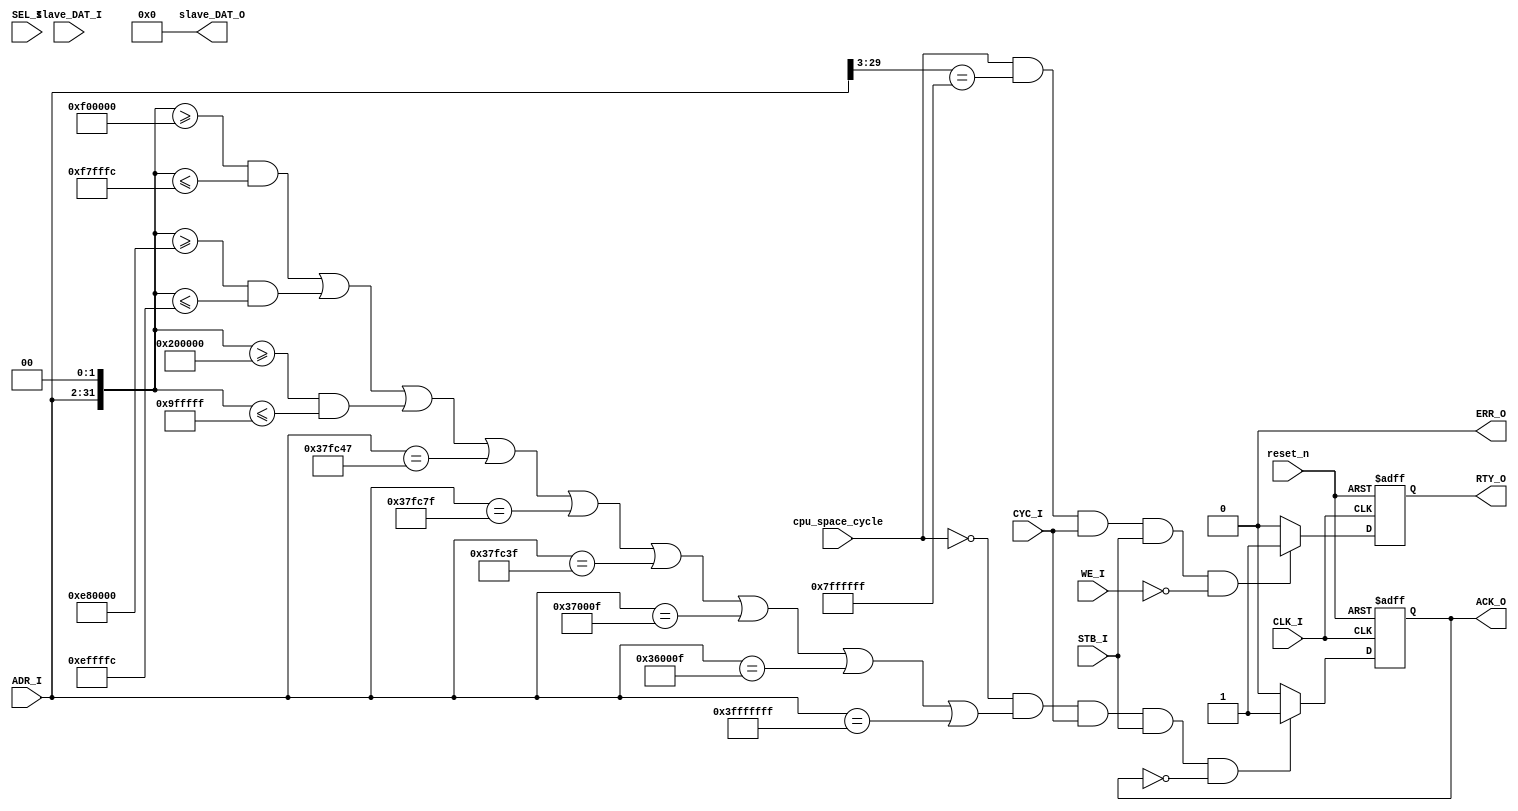
/*
 * Copyright 2010, Aleksander Osman, alfik@poczta.fm. All rights reserved.
 *
 * Redistribution and use in source and binary forms, with or without modification, are
 * permitted provided that the following conditions are met:
 *
 *  1. Redistributions of source code must retain the above copyright notice, this list of
 *     conditions and the following disclaimer.
 *
 *  2. Redistributions in binary form must reproduce the above copyright notice, this list
 *     of conditions and the following disclaimer in the documentation and/or other materials
 *     provided with the distribution.
 *
 * THIS SOFTWARE IS PROVIDED BY THE AUTHOR ``AS IS'' AND ANY EXPRESS OR IMPLIED
 * WARRANTIES, INCLUDING, BUT NOT LIMITED TO, THE IMPLIED WARRANTIES OF MERCHANTABILITY AND
 * FITNESS FOR A PARTICULAR PURPOSE ARE DISCLAIMED. IN NO EVENT SHALL THE AUTHOR OR
 * CONTRIBUTORS BE LIABLE FOR ANY DIRECT, INDIRECT, INCIDENTAL, SPECIAL, EXEMPLARY, OR
 * CONSEQUENTIAL DAMAGES (INCLUDING, BUT NOT LIMITED TO, PROCUREMENT OF SUBSTITUTE GOODS OR
 * SERVICES; LOSS OF USE, DATA, OR PROFITS; OR BUSINESS INTERRUPTION) HOWEVER CAUSED AND ON
 * ANY THEORY OF LIABILITY, WHETHER IN CONTRACT, STRICT LIABILITY, OR TORT (INCLUDING
 * NEGLIGENCE OR OTHERWISE) ARISING IN ANY WAY OUT OF THE USE OF THIS SOFTWARE, EVEN IF
 * ADVISED OF THE POSSIBILITY OF SUCH DAMAGE.
 */

/*! \file
 * \brief Terminator for not handled WISHBONE bus cycles.
 */

/*! \brief \copybrief bus_terminator.v
*/
module bus_terminator(
    //% \name Clock and reset
    //% @{
    input CLK_I,
    input reset_n,
    //% @}
    
    //% \name WISHBONE slave
    //% @{
    input [31:2]    ADR_I,
    input           CYC_I,
    input           WE_I,
    input           STB_I,
    input [3:0]     SEL_I,
    input [31:0]    slave_DAT_I,
    output [31:0]   slave_DAT_O,
    output reg      ACK_O,
    output reg      RTY_O,
    output          ERR_O,
    //% @}
    
    //% \name ao68000 interrupt cycle indicator
    //% @{
    input           cpu_space_cycle
    //% @}
);

assign ERR_O        = 1'b0;
assign slave_DAT_O  = 32'd0;

wire accepted_addresses =
    ({ADR_I, 2'b00} >= 32'h00F00000 && {ADR_I, 2'b00} <= 32'h00F7FFFC) ||
    ({ADR_I, 2'b00} >= 32'h00E80000 && {ADR_I, 2'b00} <= 32'h00EFFFFC) ||
    // Lotus2
    ({ADR_I, 2'b00} >= 32'h00200000 && {ADR_I, 2'b00} <= 32'h009FFFFF) ||
    // Pinball Dreams
    {ADR_I, 2'b00} == 32'h00DFF11C ||
    
    {ADR_I, 2'b00} == 32'h00DFF1FC ||
    {ADR_I, 2'b00} == 32'h00DFF0FC ||
    {ADR_I, 2'b00} == 32'h00DC003C ||
    {ADR_I, 2'b00} == 32'h00D8003C ||
    {ADR_I, 2'b00} == 32'hFFFFFFFC;

always @(posedge CLK_I or negedge reset_n) begin
    if(reset_n == 1'b0) begin
        ACK_O <= 1'b0;
        RTY_O <= 1'b0;
    end
    else begin
        if( cpu_space_cycle == 1'b0 &&
            accepted_addresses == 1'b1 &&
            CYC_I == 1'b1 && STB_I == 1'b1 && ACK_O == 1'b0)    ACK_O <= 1'b1;
        else                                                    ACK_O <= 1'b0;
        
        if( cpu_space_cycle == 1'b1 && 
            ADR_I[31:5] == 27'b111_1111_1111_1111_1111_1111_1111 &&
            CYC_I == 1'b1 && STB_I == 1'b1 && WE_I == 1'b0)
        begin
            RTY_O <= 1'b1;
        end
        else begin
            RTY_O <= 1'b0;
        end
    end
end

endmodule